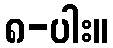
၈-ပါး။